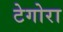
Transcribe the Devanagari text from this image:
टेगोरा